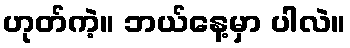
ဟုတ်ကဲ့။ ဘယ်နေ့မှာ ပါလဲ။